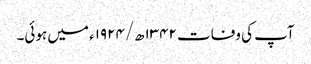
آپ کی وفات ۱۳۴۲ھ/۱۹۲۴ء میں ہوئی۔